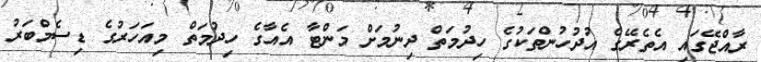
ރާއްޖޭގައި އެތެރޭގެ އުދުހުންތަކުގެ ހިދުމަތް ދިނުމަށް މަންޓާ އެއާގެ ހިދުމަތް މިއަހަރުގެ ޑިސެމްބަރު